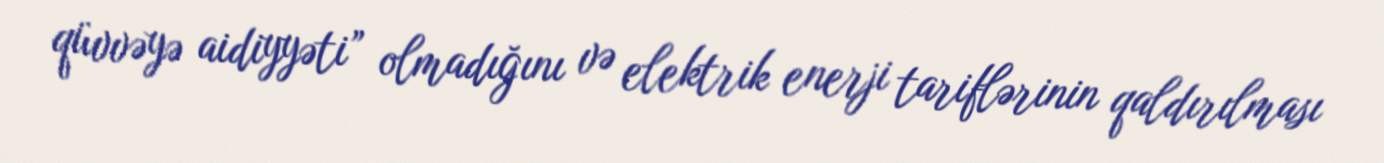
qüvvəyə aidiyyəti” olmadığını və elektrik enerji tariflərinin qaldırılması